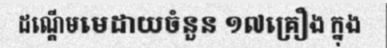
ដណ្តើមមេដាយចំនួន ១៧គ្រឿង ក្នុង